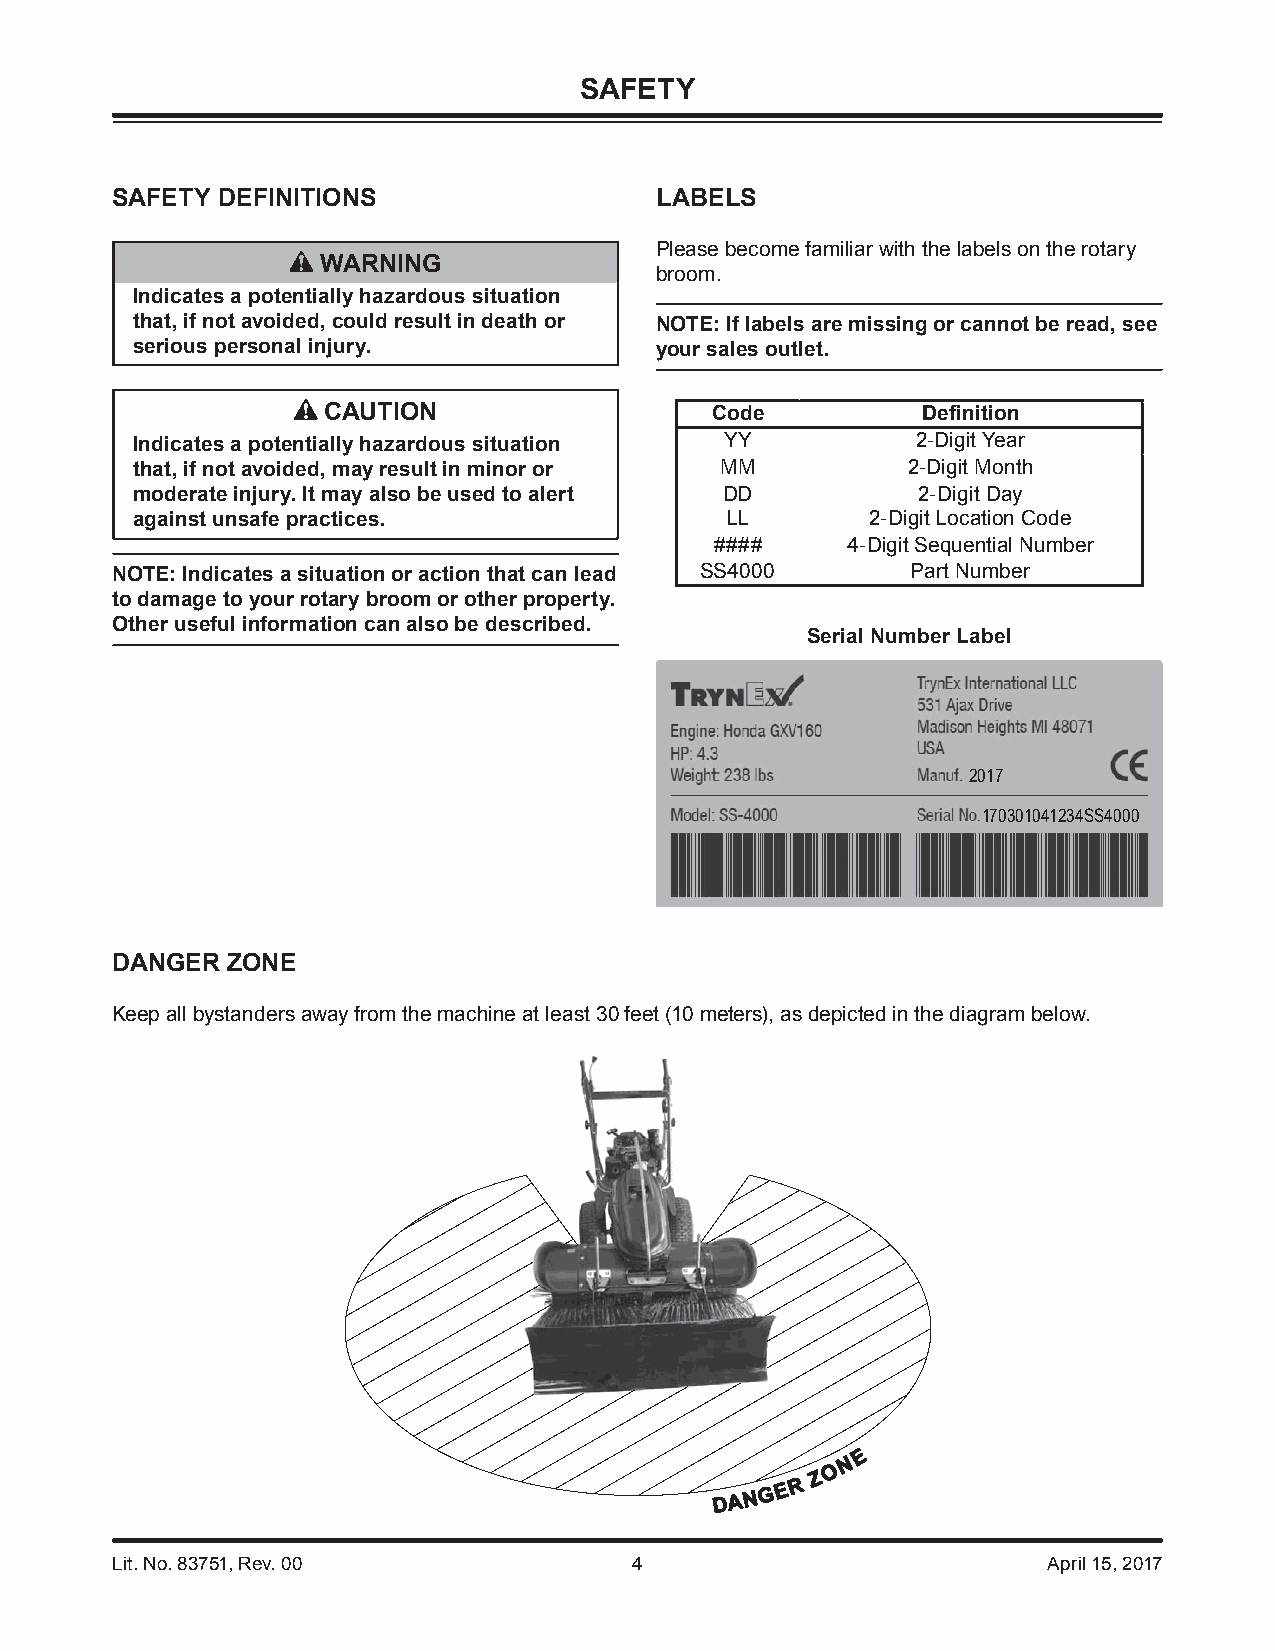
SAFETY
 SAFETY DEFINITIONS                  LABELS
 Please become familiar with the labels on the rotary
 WARNING
 broom.
 Indicates a potentially hazardous situation
 that, if not avoided, could result in death or NOTE: If labels are missing or cannot be read, see
 serious personal injury.          your sales outlet.
 CAUTION                   Code          Defi nition
 Indicates a potentially hazardous situation YY      2-Digit Year
 that, if not avoided, may result in minor or MM    2-Digit Month
 moderate injury. It may also be used to alert DD    2-Digit Day
 against unsafe practices.              LL        2-Digit Location Code
 ####     4-Digit Sequential Number
 NOTE: Indicates a situation or action that can lead SS4000 Part Number
 to damage to your rotary broom or other property.
 Other useful information can also be described.
 Serial Number Label
 2017
 170301041234SS4000
 DANGER  ZONE
 Keep all bystanders away from the machine at least 30 feet (10 meters), as depicted in the diagram below.
 E
 N
 O
 DANG E R
 Z
 Lit. No. 83751, Rev. 00            4                          April 15, 2017